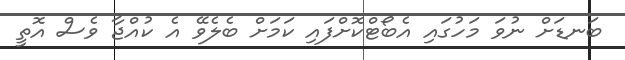
ބަނޑަށް ނުވަ މަހުގައި އެބޯޓްކޮށްފައި ކަމަށް ބެލެވޭ އެ ކުއްޖާ ވެސް އޮތީ